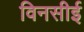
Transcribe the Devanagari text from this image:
विनसीई